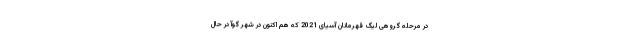
در مرحله گروهی لیگ قهرمانان آسیای 2021 که هم اکنون در شهر گوآ در حال